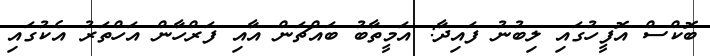
ބޮކްސް އޮފީހުގައި ލިބުނު ފައިދާ: އަމީތާބު ބައްޗަން އާއި ފަރްހާން އަހްތަރު އެކުގައި